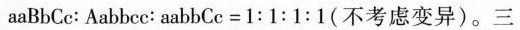
aaBbCc：Aabbcc：aabbCc=1:1:1:1(不考虑变异)。三